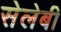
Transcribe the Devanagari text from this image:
सेलेबी